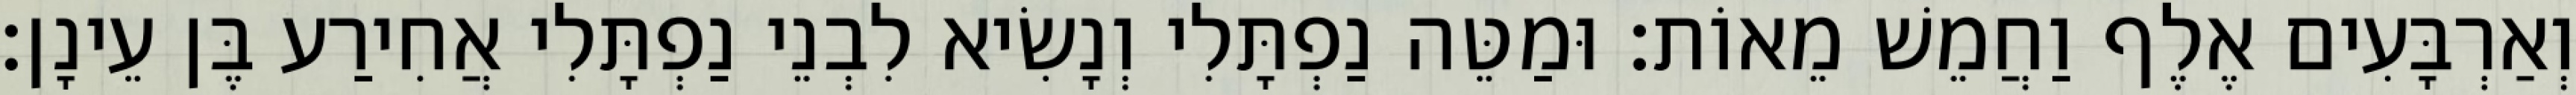
וְאַרְבָּעִים אֶלֶף וַחֲמֵשׁ מֵאוֹת׃ וּמַטֵּה נַפְתָּלִי וְנָשִׂיא לִבְנֵי נַפְתָּלִי אֲחִירַע בֶּן עֵינָן׃